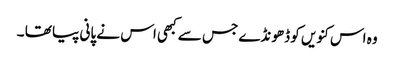
وہ اس کنویں کو ڈھونڈے جس سے کبھی اس نے پانی پیا تھا ۔